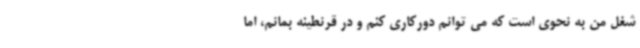
شغل من به نحوی است که می توانم دورکاری کنم و در قرنطینه بمانم، اما